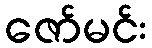
ဇော်မင်း